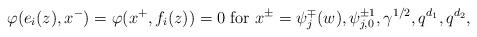
LaTeX: \begin{align*} \varphi(e_i(z),x^-)=\varphi(x^+,f_i(z))=0\ \mathrm{for}\ x^\pm=\psi^\mp_j(w),\psi_{j,0}^{\pm 1}, \gamma^{1/2}, q^{d_1}, q^{d_2},\end{align*}